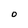
Character: O